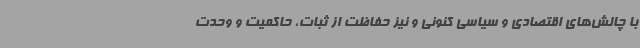
با چالش‌های اقتصادی و سیاسی کنونی و نیز حفاظت از ثبات، حاکمیت و وحدت